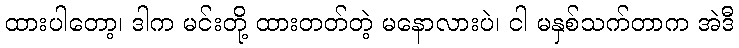
ထားပါတော့၊ ဒါက မင်းတို့ ထားတတ်တဲ့ မနောလားပဲ၊ ငါ မနှစ်သက်တာက အဲဒီ